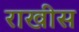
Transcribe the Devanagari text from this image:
राखीस